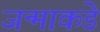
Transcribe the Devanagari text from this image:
जन्माकडे